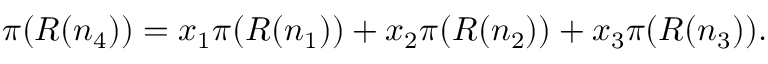
\pi ( R ( n _ { 4 } ) ) = x _ { 1 } \pi ( R ( n _ { 1 } ) ) + x _ { 2 } \pi ( R ( n _ { 2 } ) ) + x _ { 3 } \pi ( R ( n _ { 3 } ) ) .